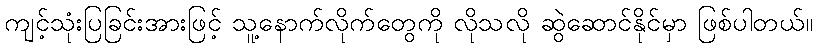
ကျင့်သုံးပြခြင်းအားဖြင့် သူ့နောက်လိုက်တွေကို လိုသလို ဆွဲဆောင်နိုင်မှာ ဖြစ်ပါတယ်။